Indian journal of veterinary science and animal husbandry - Volume 7,
Year: 1937
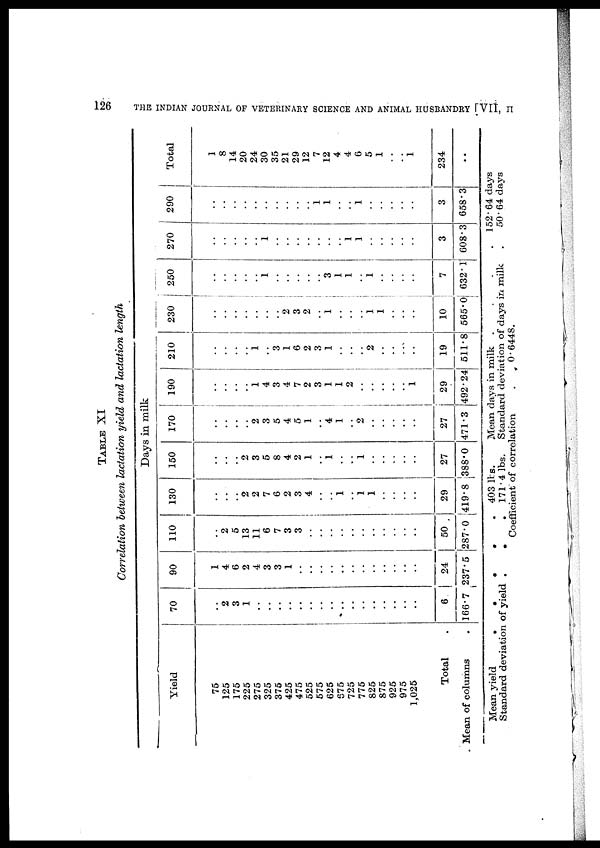
126
THE INDIAN JOURNAL OF VETERINARY SCIENCE AND ANIMAL HUSBANDRY [VII, II
TABLE XI
Correlation between lactation yield and lactation length
Days in milk
Yield
75
125
175
225
275
325
375
425
475
525
575
625
675
725
775
825
875
925
975
1,025
Total .
Mean of columns .
70
..
2
3
1
..
..
..
..
..
..
..
..
..
..
..
..
..
..
..
..
6
166.7
90
1
4
6
2
4
3
3
1
..
..
..
..
..
..
..
..
..
..
..
..
24
237.5
110
..
2
5
13
11
6
7
3
3
..
..
..
..
..
..
..
..
..
..
..
50
287.0
130
..
..
..
2
2
7
6
2
3
4
..
..
1
..
1
1
..
..
..
..
29
419.8
150
..
..
..
2
3
5
8
4
2
1
..
1
..
..
1
..
..
..
..
..
27
388.0
170
..
..
..
..
2
3
5
4
5
1
..
4
1
..
2
..
..
..
..
..
27
471.3
190
..
..
..
..
1
4
3
4
7
2
3
1
1
2
..
..
..
..
1
29
492.24
210
..
..
..
..
1
..
3
1
6
2
3
1
..
..
2
..
..
..
..
19
511.8
230
..
..
..
..
..
..
..
2
3
2
..
1
..
..
1
1
..
..
..
10
565.0
250
..
..
..
..
..
1
..
..
..
..
..
3
1
1
..
1
..
..
..
..
7
632.1
270
..
..
..
..
..
..
..
..
..
..
..
..
..
1
1
..
..
..
..
..
3
608.3
290
..
..
..
..
..
..
..
..
..
..
1
1
..
..
1
..
..
..
..
..
3
658.3
Total
1
8
14
20
24
30
35
21
29
12
7
12
4
4
6
5
1
..
..
1
234
..
Mean yield
.
.
.
.
.
Standard deviation of yield . . .
403 Ibs.
171.4
lbs.
Mean days in milk . . . .
Standard deviation of days in milk .
152.64 days
50.64 days
Coefficient of correlation
0 . 6448.